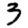
Digit: 3